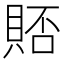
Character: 𫎗